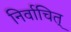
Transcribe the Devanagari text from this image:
निर्वाचित्